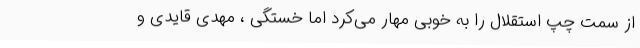
از سمت چپ استقلال را به خوبی مهار می‌کرد اما خستگی ، مهدی قایدی و